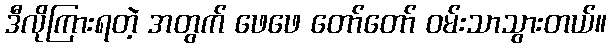
ဒီလိုကြားရတဲ့ အတွက် ဖေဖေ တော်တော် ဝမ်းသာသွားတယ်။